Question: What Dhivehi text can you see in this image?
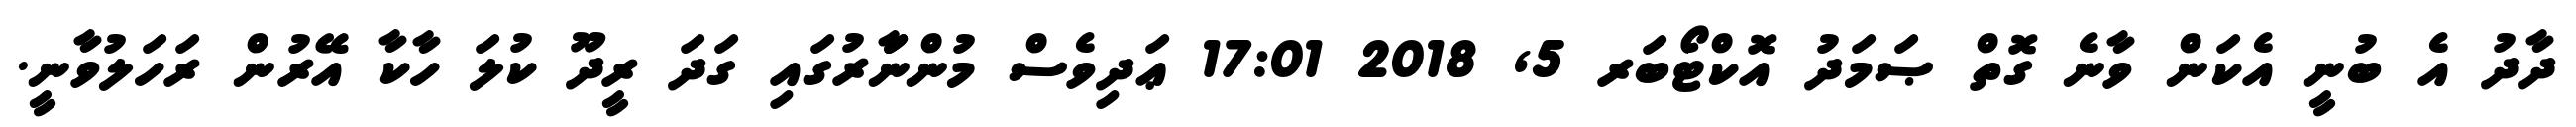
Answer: ދާދު އެ ބުނީ އެކަން ވާނެ ގޮތް ޞަމަދު އޮކްޓޯބަރ 5, 2018 17:01 ޢަދިވެސް މުންނަަާރުގައި ގަދަ ރީދޫ ކުލަ ހާކާ އޭރުން ރަހަލުވާނީ.